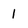
Character: 1